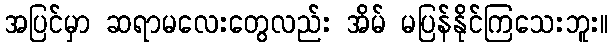
အပြင်မှာ ဆရာမလေးတွေလည်း အိမ် မပြန်နိုင်ကြသေးဘူး။